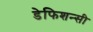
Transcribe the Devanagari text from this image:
डेफिशन्सी